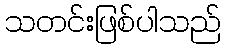
သတင်းဖြစ်ပါသည်